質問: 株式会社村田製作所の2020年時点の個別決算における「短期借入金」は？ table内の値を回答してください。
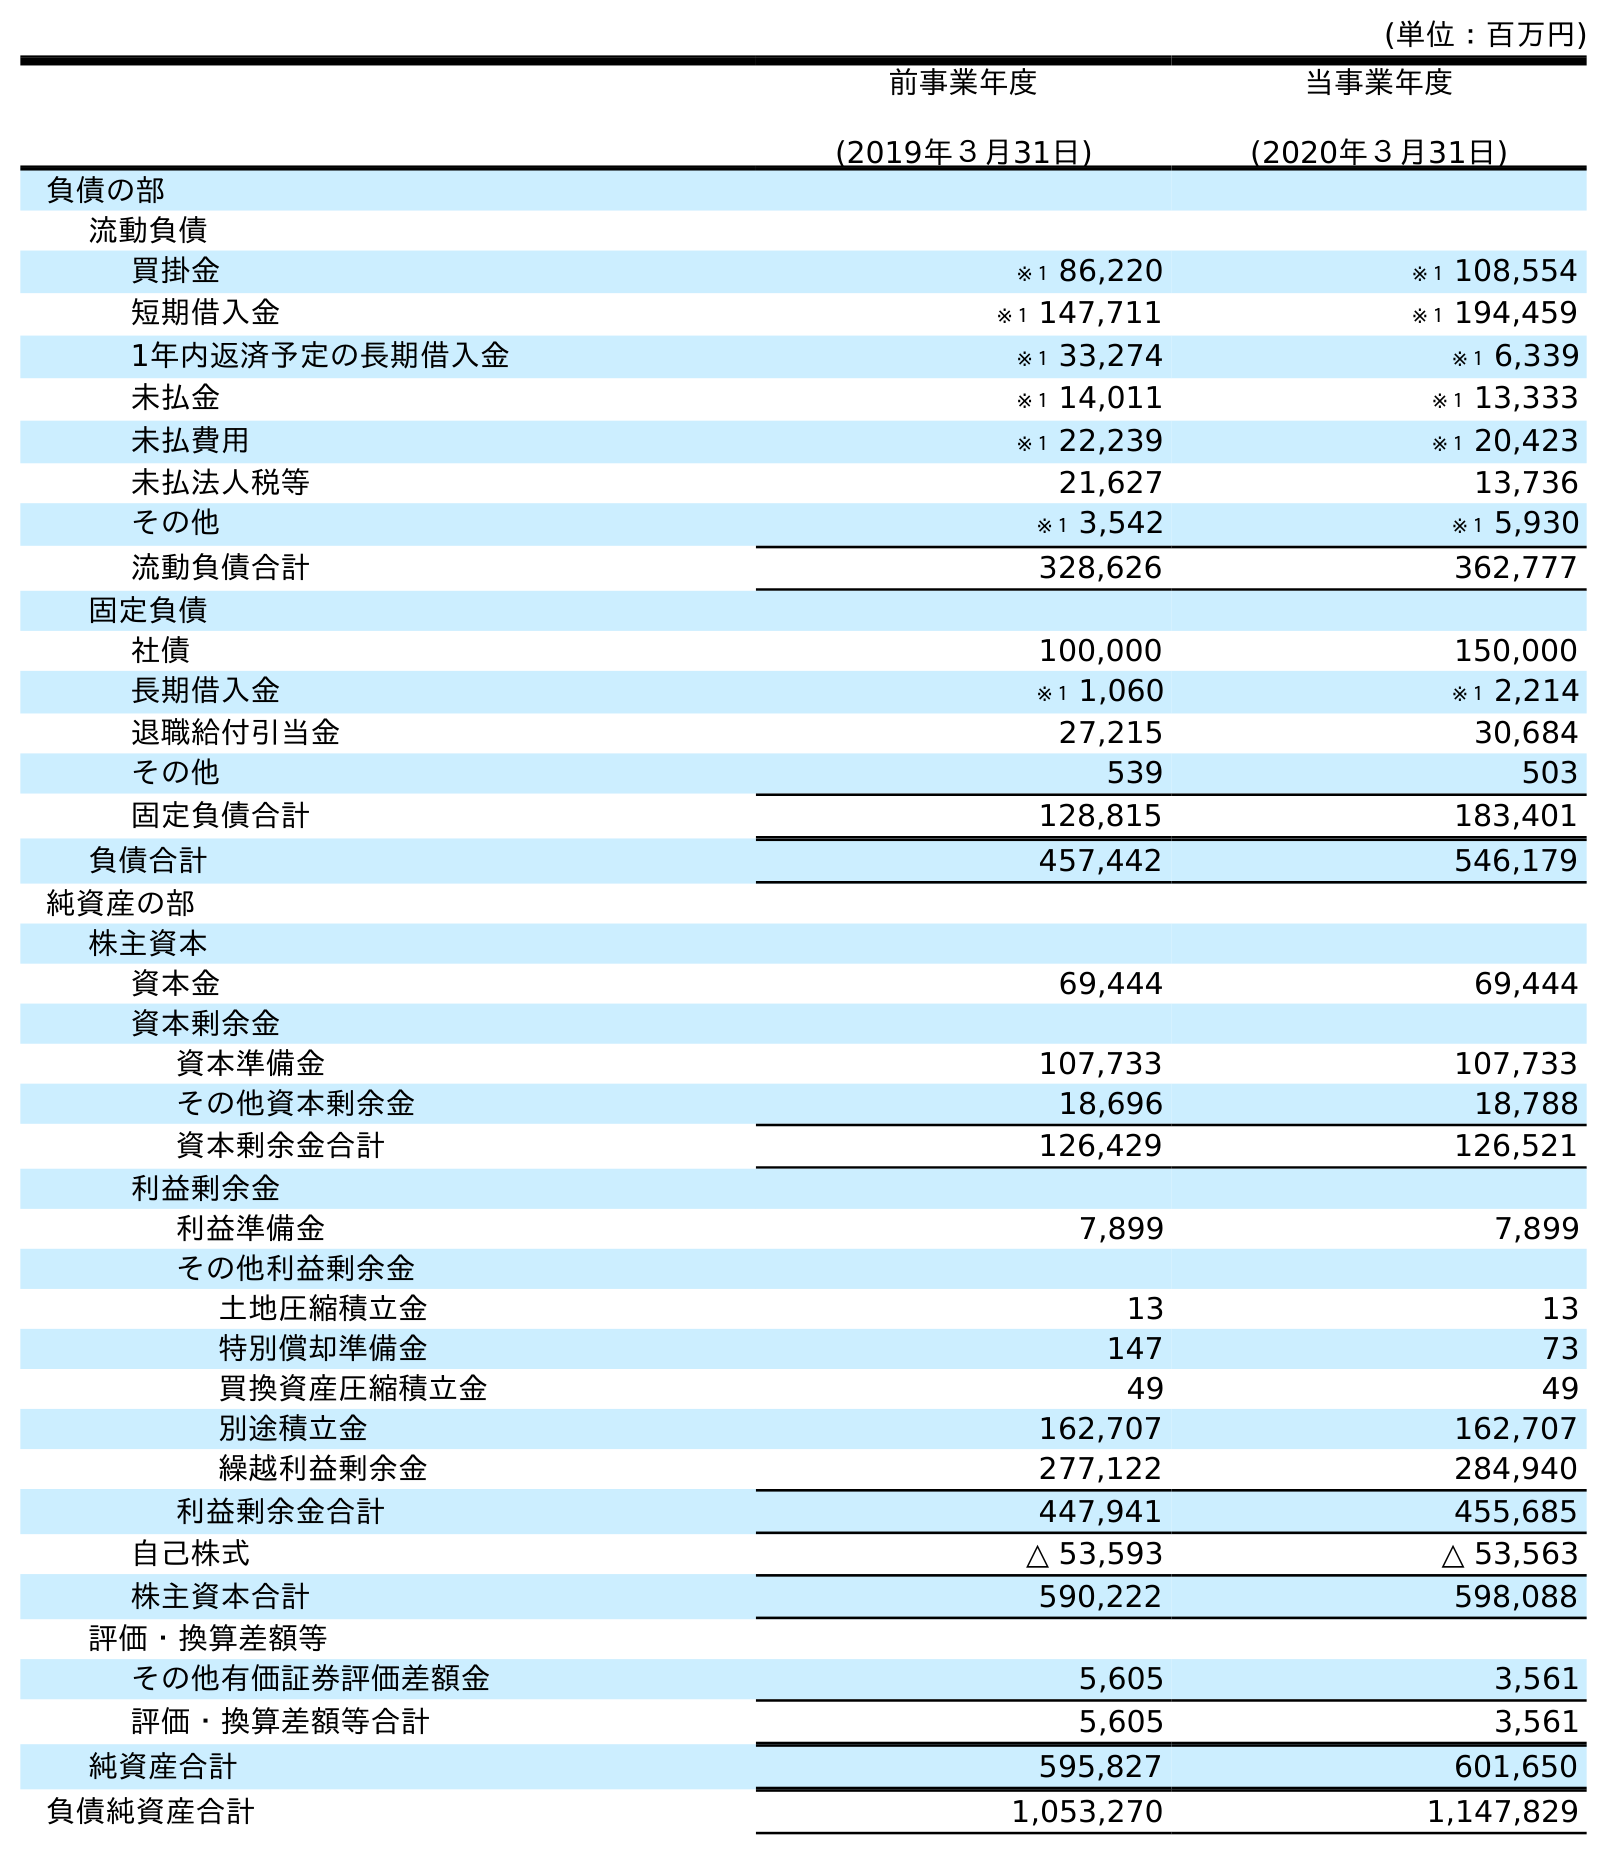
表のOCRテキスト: (単位：百万円) 前事業年度 (2019年３月31日) 当事業年度 (2020年３月31日) 負債の部 流動負債 買掛金 ※１ 86,220 ※１ 108,554 短期借入金 ※１ 147,711 ※１ 194,459 1年内返済予定の長期借入金 ※１ 33,274 ※１ 6,339 未払金 ※１ 14,011 ※１ 13,333 未払費用 ※１ 22,239 ※１ 20,423 未払法人税等 21,627 13,736 その他 ※１ 3,542 ※１ 5,930 流動負債合計 328,626 362,777 固定負債 社債 100,000 150,000 長期借入金 ※１ 1,060 ※１ 2,214 退職給付引当金 27,215 30,684 その他 539 503 固定負債合計 128,815 183,401 負債合計 457,442 546,179 純資産の部 株主資本 資本金 69,444 69,444 資本剰余金 資本準備金 107,733 107,733 その他資本剰余金 18,696 18,788 資本剰余金合計 126,429 126,521 利益剰余金 利益準備金 7,899 7,899 その他利益剰余金 土地圧縮積立金 13 13 特別償却準備金 147 73 買換資産圧縮積立金 49 49 別途積立金 162,707 162,707 繰越利益剰余金 277,122 284,940 利益剰余金合計 447,941 455,685 自己株式 △ 53,593 △ 53,563 株主資本合計 590,222 598,088 評価・換算差額等 その他有価証券評価差額金 5,605 3,561 評価・換算差額等合計 5,605 3,561 純資産合計 595,827 601,650 負債純資産合計 1,053,270 1,147,829
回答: ※１194,459